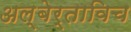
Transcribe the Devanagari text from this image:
अल्बेर्ताविच